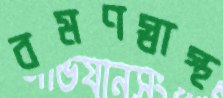
বমণস্বাস্থ